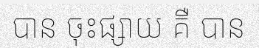
បាន ចុះផ្សាយ គឺ បាន